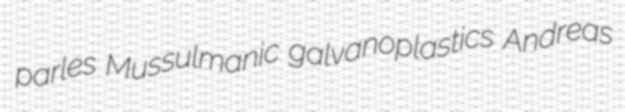
parles Mussulmanic galvanoplastics Andreas